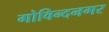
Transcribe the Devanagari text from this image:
गोविन्‍दनगर